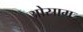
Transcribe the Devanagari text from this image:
ओस्राम